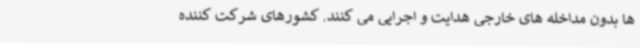
ها بدون مداخله های خارجی هدایت و اجرایی می کنند. کشورهای شرکت کننده